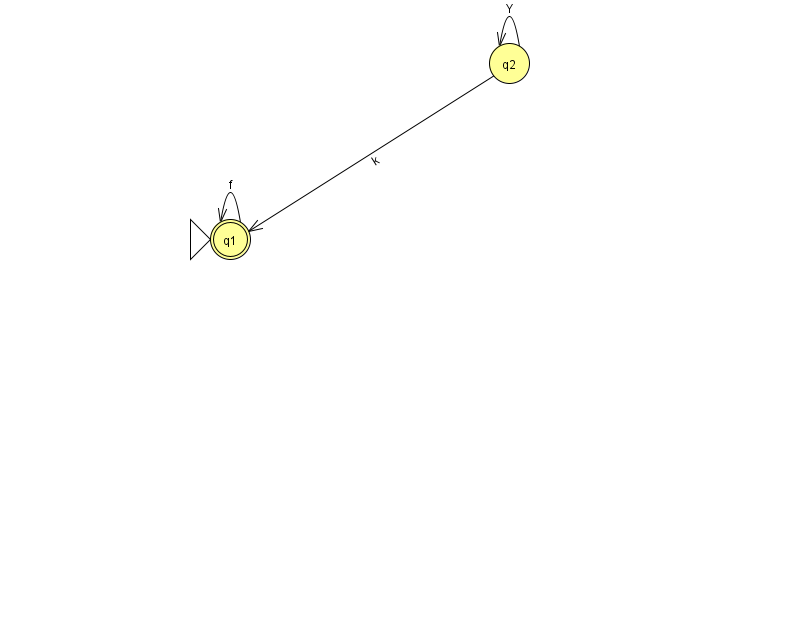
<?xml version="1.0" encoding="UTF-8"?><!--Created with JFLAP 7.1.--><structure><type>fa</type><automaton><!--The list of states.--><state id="1" name="q1"><x>230.0</x><y>226.0</y><initial/><final/></state><state id="2" name="q2"><x>509.0</x><y>50.0</y></state><!--The list of transitions.--><transition><from>2</from><to>1</to><read>k</read></transition><transition><from>1</from><to>1</to><read>f</read></transition><transition><from>2</from><to>2</to><read>Y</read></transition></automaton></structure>